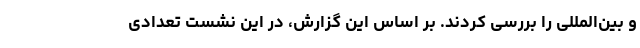
و بین‌المللی را بررسی کردند. بر اساس این گزارش، در این نشست تعدادی